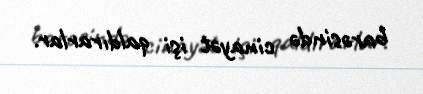
barəsində cinayət işi qaldırarlar.